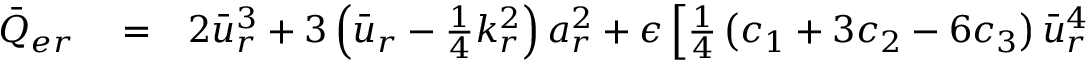
\begin{array} { r l r } { \bar { Q } _ { e r } } & { { } = } & { 2 \bar { u } _ { r } ^ { 3 } + 3 \left( \bar { u } _ { r } - \frac { 1 } { 4 } k _ { r } ^ { 2 } \right) a _ { r } ^ { 2 } + \epsilon \left[ \frac { 1 } { 4 } \left( c _ { 1 } + 3 c _ { 2 } - 6 c _ { 3 } \right) \bar { u } _ { r } ^ { 4 } \right. } \end{array}